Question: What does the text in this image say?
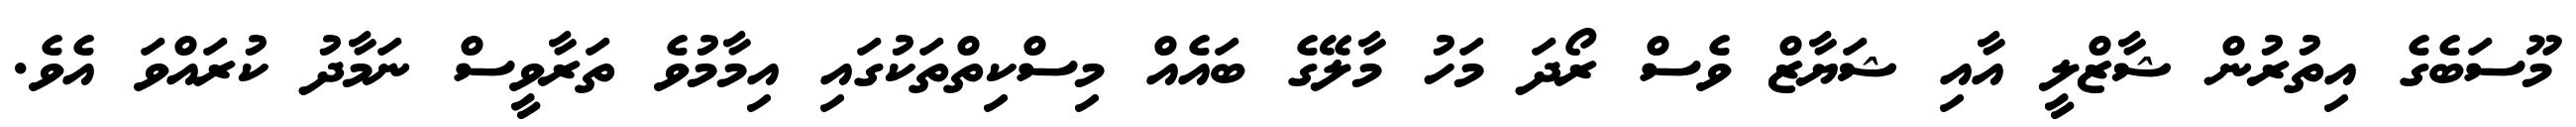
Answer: މޫސަބެގެ އިތުރުން ޝާޒްލީ އާއި ޝަޔާޒް ވެސް ރޯދަ މަހު މާލޭގެ ބައެއް މިސްކިތްތަކުގައި އިމާމުވެ ތަރާވީސް ނަމާދު ކުރައްވަ އެވެ.